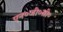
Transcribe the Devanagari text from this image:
एन०जी०सी०